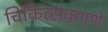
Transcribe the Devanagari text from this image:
चिकित्सकपणे